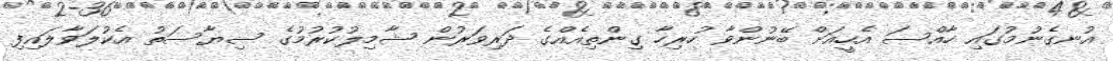
އުނގެނުމުގައި ހާއްސަ އެހީއަށް ބޭނުންވާ ހުރިހާ ގިންތިއެއްގެ ދަރިވަރުން ޝާމިލުކުރުމުގެ ސިޔާސަތު އެކުލަވާލައިފި